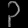
Digit: ၃